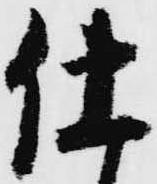
仕